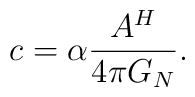
c=\alpha \frac{A^H}{ 4\pi G_N}.